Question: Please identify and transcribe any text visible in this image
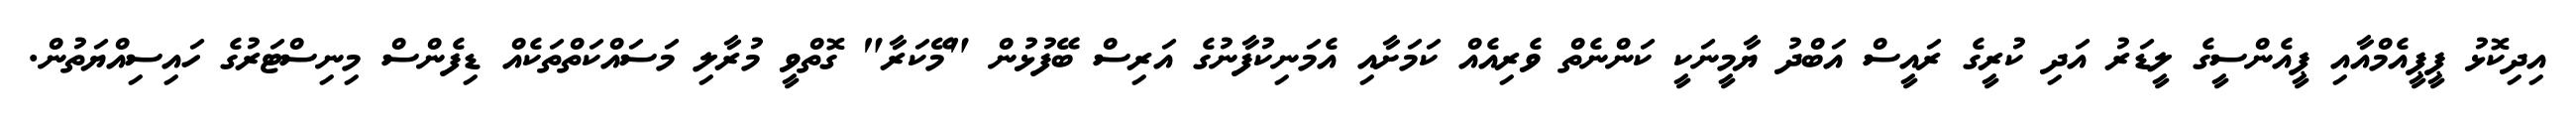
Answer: އިދިކޮޅު ޕީޕީއެމްއާއި ޕީއެންސީގެ ލީޑަރު އަދި ކުރީގެ ރައީސް އަބްދު ޔާމީނަކީ ކަންނެތް ވެރިއެއް ކަމަށާއި އެމަނިކުފާނުގެ އަރިސް ބޭފުޅުން "މޭކަރާ" ގޮތްވީ މުރާލި މަސައްކަތްތަކެއް ޑިފެންސް މިނިސްޓަރުގެ ހައިސިއްޔަތުން.